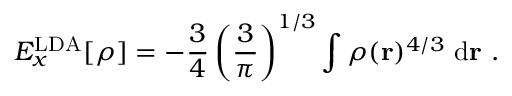
E _ { x } ^ { \mathrm { L D A } } [ \rho ] = - { \frac { 3 } { 4 } } \left( { \frac { 3 } { \pi } } \right) ^ { 1 / 3 } \int \rho ( \mathbf { r } ) ^ { 4 / 3 } \ \mathrm { d } \mathbf { r } \ .